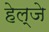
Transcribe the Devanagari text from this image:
हेल्जे